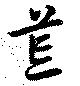
荒